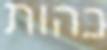
כהות